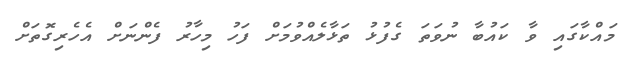
މައްކާގައި ވާ ކައުބާ ނުވަތަ ގެފުޅު ތަޅާލެއްވުމަށް ފަހު މިހާރު ފެންނަށް އެހެރިގޮތަށް